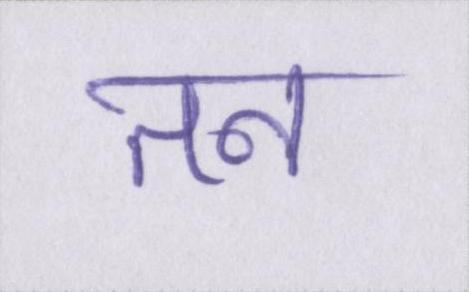
तन